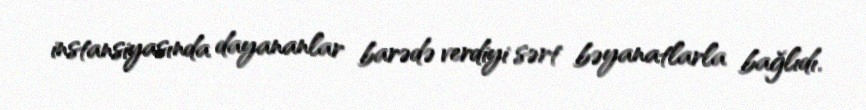
instansiyasında dayananlar barədə verdiyi sərt bəyanatlarla bağlıdı.